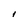
Character: I